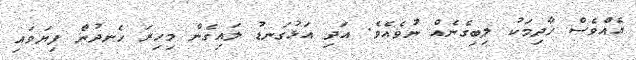
އެއްވެސް ޚާދިމަކު ލިބިގެނެއް ނުވެއެވެ. އަދި އަޅުގަނޑު ލައިގެން މިހިރަ ހެނދުން ފިޔަވައި